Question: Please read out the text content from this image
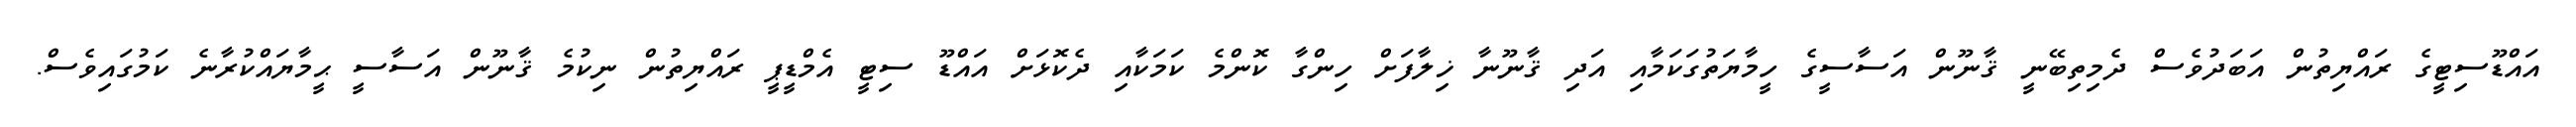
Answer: އައްޑޫސިޓީގެ ރައްޔިތުން އަބަދުވެސް ދެމިތިބޭނީ ޤާނޫން އަސާސީގެ ހީމާޔަތުގަކަމާއި އަދި ޤާނޫނާ ޚިލާފަށް ހިންގާ ކޮންމެ ކަމަކާއި ދެކޮޅަށް އައްޑޫ ސިޓީ އެމްޑީޕީ ރައްޔިތުން ނިކުމެ ޤާނޫން އަސާސީ ޙީމާޔައްކުރާނެ ކަމުގައިވެސް.